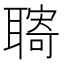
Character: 𦗞